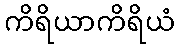
ကိရိယာကိရိယံ